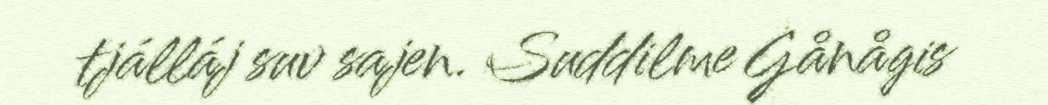
tjálláj suv sajen. Suddilme Gånågis